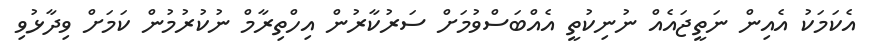
އެކަމަކު އެއިން ނަތީޖައެއް ނުނިކުތީ އެއްބަސްވުމަށް ސަރުކާރުން އިހްތިރާމް ނުކުރުމުން ކަމަށް ވިދާޅުވި